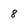
Character: 8